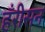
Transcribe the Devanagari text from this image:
हँरीसन